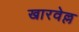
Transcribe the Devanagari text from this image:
खारवेल्ल